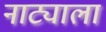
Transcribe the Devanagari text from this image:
नाट्याला